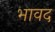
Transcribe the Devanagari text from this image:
भावद